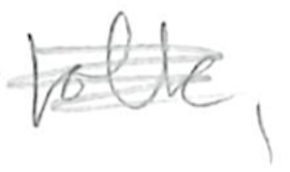
Text: folk,
Cross-out: scratch
Writing tool: pencil